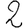
Digit: 2